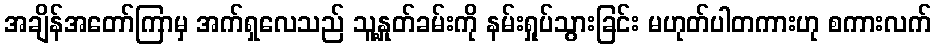
အချိန်အတော်ကြာမှ အက်ရှလေသည် သူ့နှုတ်ခမ်းကို နမ်းရှုပ်သွားခြင်း မဟုတ်ပါတကားဟု စကားလက်